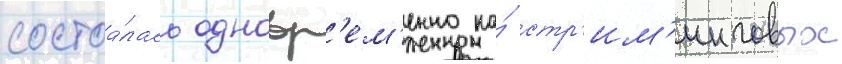
состоа́лась одновр'ем'енно на́ стр'им'инговых